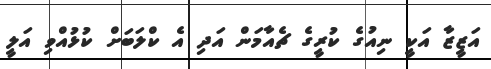
އަޒީޒާ އަކީ ނިއުގެ ކުރީގެ ޗެއާމަން އަދި އެ ކްލަބަށް ކުޅުއްވި އަލީ